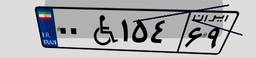
۷۷W۰۶۹۲۲